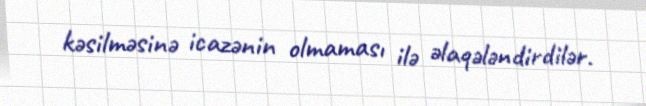
kəsilməsinə icazənin olmaması ilə əlaqələndirdilər.